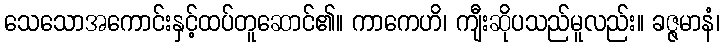
သေသောအကောင်းနှင့်ထပ်တူဆောင်၏။ ကာကေဟိ၊ ကျီးဆိုပသည်မူလည်း။ ခဇ္ဇမာနံ၊